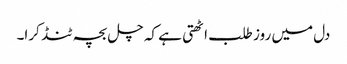
دل میں روز طلب اٹھتی ہے کہ چل بچہ ٹنڈ کرا۔